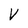
Character: V